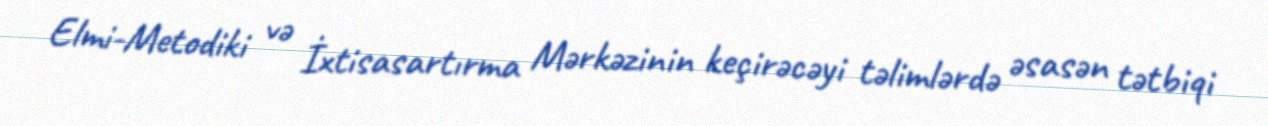
Elmi-Metodiki və İxtisasartırma Mərkəzinin keçirəcəyi təlimlərdə əsasən tətbiqi